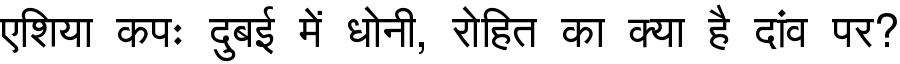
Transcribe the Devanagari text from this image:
एशिया कपः दुबई में धोनी, रोहित का क्या है दांव पर?